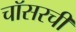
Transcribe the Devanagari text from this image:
चॉसरची